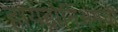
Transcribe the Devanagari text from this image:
हायड्रोनिअमची